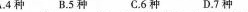
A.4种B.5种C.6种D.7种